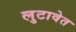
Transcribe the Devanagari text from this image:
लुटावेत